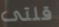
قلتى